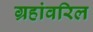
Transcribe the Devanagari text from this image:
ग्रहांवरिल